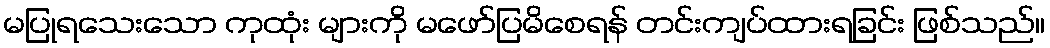
မပြုရသေးသော ကုထုံး များကို မဖော်ပြမိစေရန် တင်းကျပ်ထားရခြင်း ဖြစ်သည်။